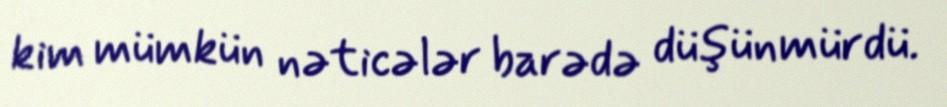
kim mümkün nəticələr barədə düşünmürdü.